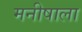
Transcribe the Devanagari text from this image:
मनीषाला